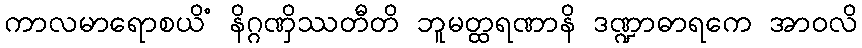
ကာလမာရောစယိံ နိဂ္ဂဏှိဿတီတိ ဘူမတ္ထရဏာနိ ဒဏ္ဍာဓာရကေ အာဝလိ